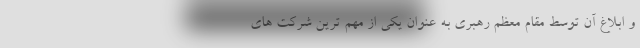
و ابلاغ آن توسط مقام معظم رهبری به عنوان یکی از مهم ترین شرکت های